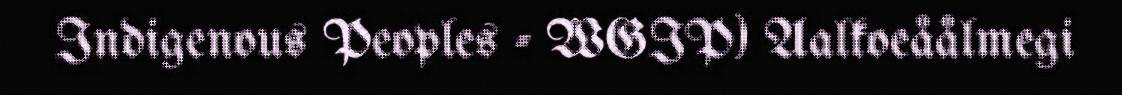
Indigenous Peoples - WGIP) Aalkoeåålmegi